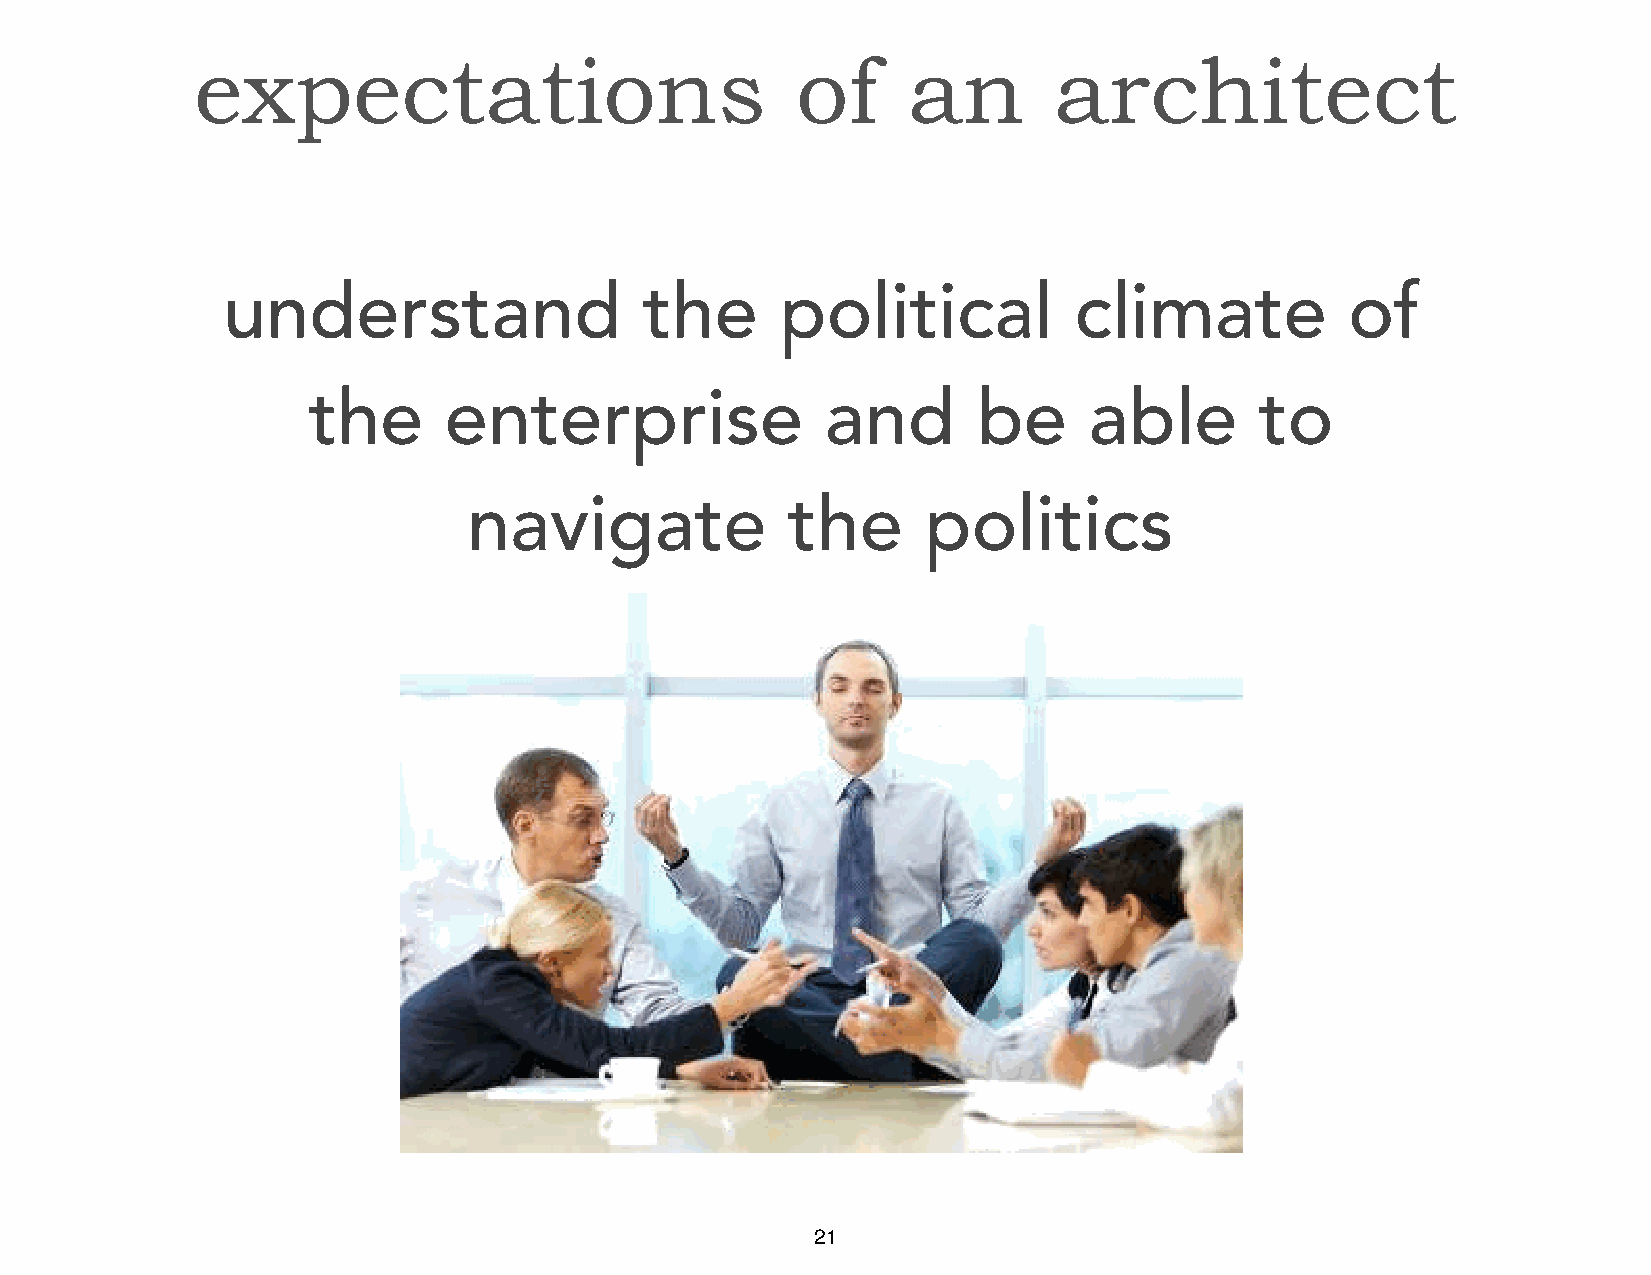
expectations                            of     an        architect
 understand                  the      political          climate           of
 the      enterprise                and       be     able       to
 navigate             the      politics
 21